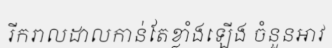
រីករាលដាលកាន់តែខ្លាំងឡើង ចំនួនអាវ